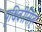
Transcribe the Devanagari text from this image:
पृथिवीसिंह